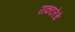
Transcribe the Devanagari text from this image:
राकटतेचे